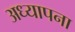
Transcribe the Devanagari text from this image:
अध्यापना